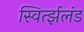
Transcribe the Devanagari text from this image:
स्विर्त्झलंड